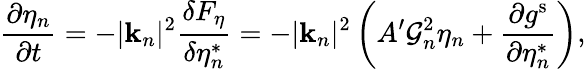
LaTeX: \frac{\partial\eta_{n}}{\partial t}=-|\mathbf{k}_{n}|^{2}\frac{\delta F_{\eta}}{\delta\eta_{n}^{*}}=-|\mathbf{k}_{n}|^{2}\left(A^{\prime}\mathcal{G}_{n}^{2}\eta_{n}+\frac{\partial g^{\mathrm{s}}}{\partial\eta_{n}^{*}}\right),